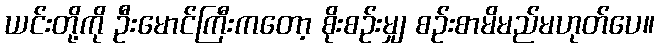
ယင်းတို့ကို ဦးမောင်ကြီးကတော့ စိုးစဉ်းမျှ စဉ်းစာမိမည်မဟုတ်ပေ။